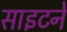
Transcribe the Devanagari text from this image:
साइटने